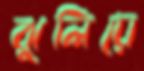
ঝুলিয়ে